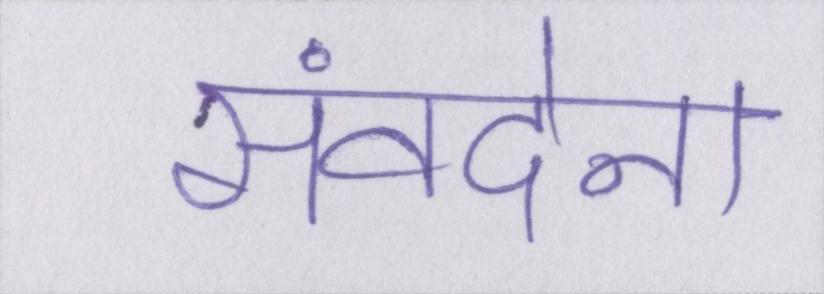
संवदेना